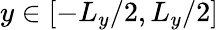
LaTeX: y\in[-L_{y}/2,L_{y}/2]